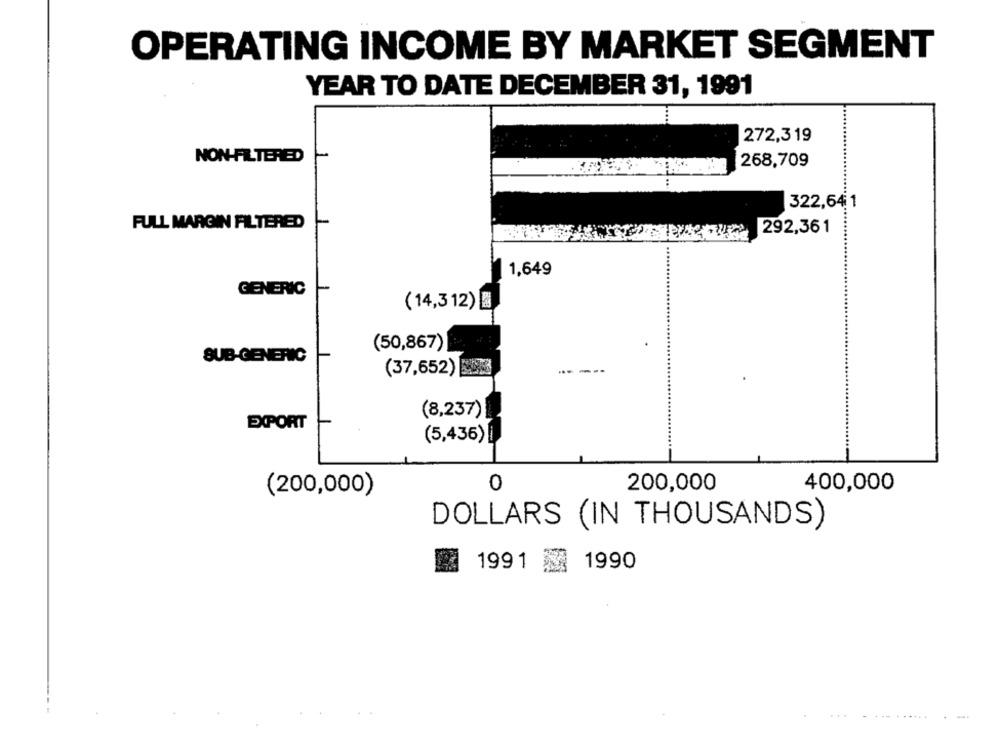
OPERATING INCOME BY MARKET SEGMENT
YEAR TO DATE DECEMBER 31, 1991
272,319
NON-FILTERED
268,709
322,641
..
FULL MARGIN FILTERED
292,361
1,649
GENERIC
(14,3 12)
(50,867)
SUB-GENERIC
(37,652)
(8,237)|
EXPORT
(5,436) |
0
200,000
400,000
(200,000)
DOLLARS (IN THOUSANDS)
1991
1990
.-.